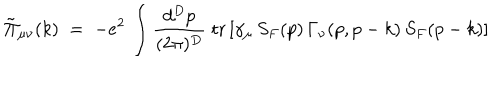
LaTeX: { \tilde { \Pi } } _ { \mu \nu } ( k ) \; = \; - e ^ { 2 } \, \int \frac { d ^ { D } p } { ( 2 \pi ) ^ { D } } \; \mathrm { t r } \left[ \gamma _ { \mu } \, S _ { F } ( p ) \, \Gamma _ { \nu } ( p , p - k ) \, S _ { F } ( p - k ) \right]